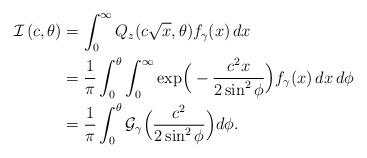
LaTeX: \begin{align*}\mathcal{I}\left(c,\theta\right)&=\int_{0}^{\infty}Q_z(c\sqrt{x},\theta)f_\gamma(x)\, dx \\ & =\frac{1}{\pi}\int_0^\theta \int_{0}^{\infty}\mbox{exp}\Big(-\frac{c^2 x}{2\sin^2\phi}\Big) f_\gamma(x)\, dx\, d\phi\\ &=\frac{1}{\pi}\int_0^\theta\mathcal{G}_{\gamma}\Big(\frac{c^2}{2\sin^2\phi}\Big)d\phi.\end{align*}